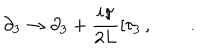
LaTeX: \partial _ { 3 } \rightarrow \partial _ { 3 } + \frac { i \pi } { 2 L } \left[ \tau _ { 3 } \right. , \qquad .